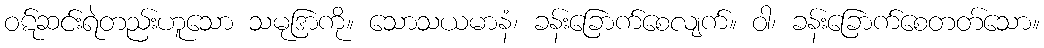
ဝဋ်ဆင်းရဲတည်းဟူသော သမုဒြာကို။ သောသယမာနံ၊ ခန်းခြောက်စေလျက်။ ဝါ၊ ခန်းခြောက်စေတတ်သော။